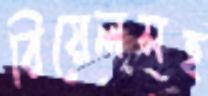
রিয়েলসহ